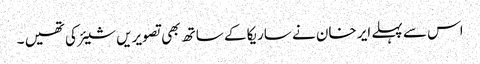
اس سے پہلے ایر خان نے ساریکا کے ساتھ بھی تصویریں شیئر کی تھیں ۔